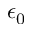
\epsilon _ { 0 }